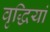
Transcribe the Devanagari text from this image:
वृद्धियां